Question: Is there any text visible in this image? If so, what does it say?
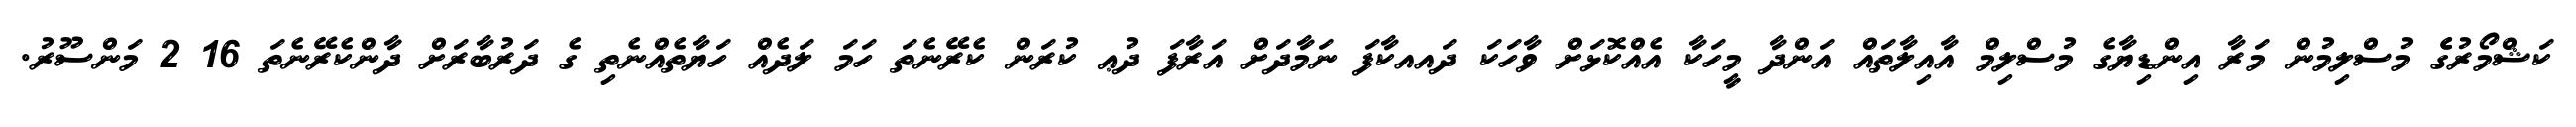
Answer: ކަޝްމޯރުގެެ މުސްލިމުން މަރާ އިންޑިޔާގެ މުސްލިމް އާއިލާތައް އަންދާ މީހަކާ އެއްކޮޅަށް ވާހަކަ ދައއކާފަ ނަމާދަށް އަރާފަ ދުޢ ކުރަން ކެރޭނެތަ ހަމަ ލަދެއް ހަޔާތެއްނެތި ގެ ދަރުބާރަށް ދާންކެރޭނެތަ 16 2 މަންސޫރު.